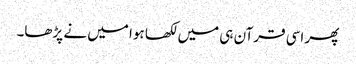
پھر اسی قرآن ہی میں لکھا ہوا میں نے پڑھا۔